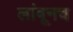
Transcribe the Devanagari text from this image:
लांबूनच